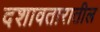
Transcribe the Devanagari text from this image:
दशावतारातील